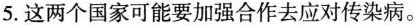
5.这两个国家可能要加强合作去应对传染病。